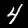
Digit: 4